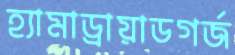
হ্যামাড্রায়াডগর্জ